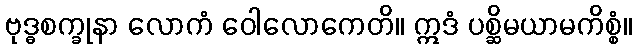
ဗုဒ္ဓစက္ခုနာ လောကံ ဝေါလောကေတိ။ ဣဒံ ပစ္ဆိမယာမကိစ္စံ။